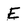
Character: E